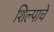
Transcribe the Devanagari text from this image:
शिल्पाचे